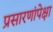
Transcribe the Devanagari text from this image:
प्रसारणांपेक्षा